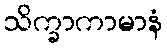
သိက္ခာကာမာနံ